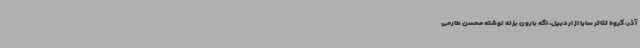
آذر، گروه تئاتر سایا از اردبیل، اگه بارون بزنه نوشته‌ محسن طارمی‌